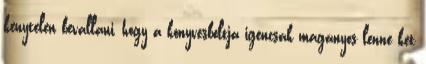
kénytelen bevallani, hogy a könyvesboltja igencsak magányos lenne két